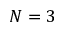
N = 3